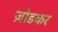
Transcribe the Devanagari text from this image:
ज़ोडकर